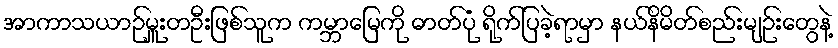
အာကာသယာဉ်မှူးတဦးဖြစ်သူက ကမ္ဘာမြေကို ဓာတ်ပုံ ရိုက်ပြခဲ့ရာမှာ နယ်နိမိတ်စည်းမျဉ်းတွေနဲ့